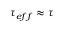
\tau _ { e f f } \approx \tau